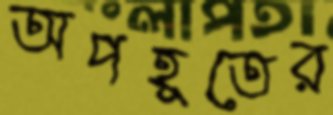
অপহূতের